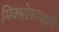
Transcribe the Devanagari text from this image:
मिक्सोफ़ापइसी